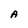
Character: A